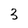
Character: 3